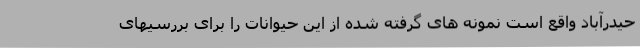
حیدرآباد واقع است نمونه های گرفته شده از این حیوانات را برای بررسیهای